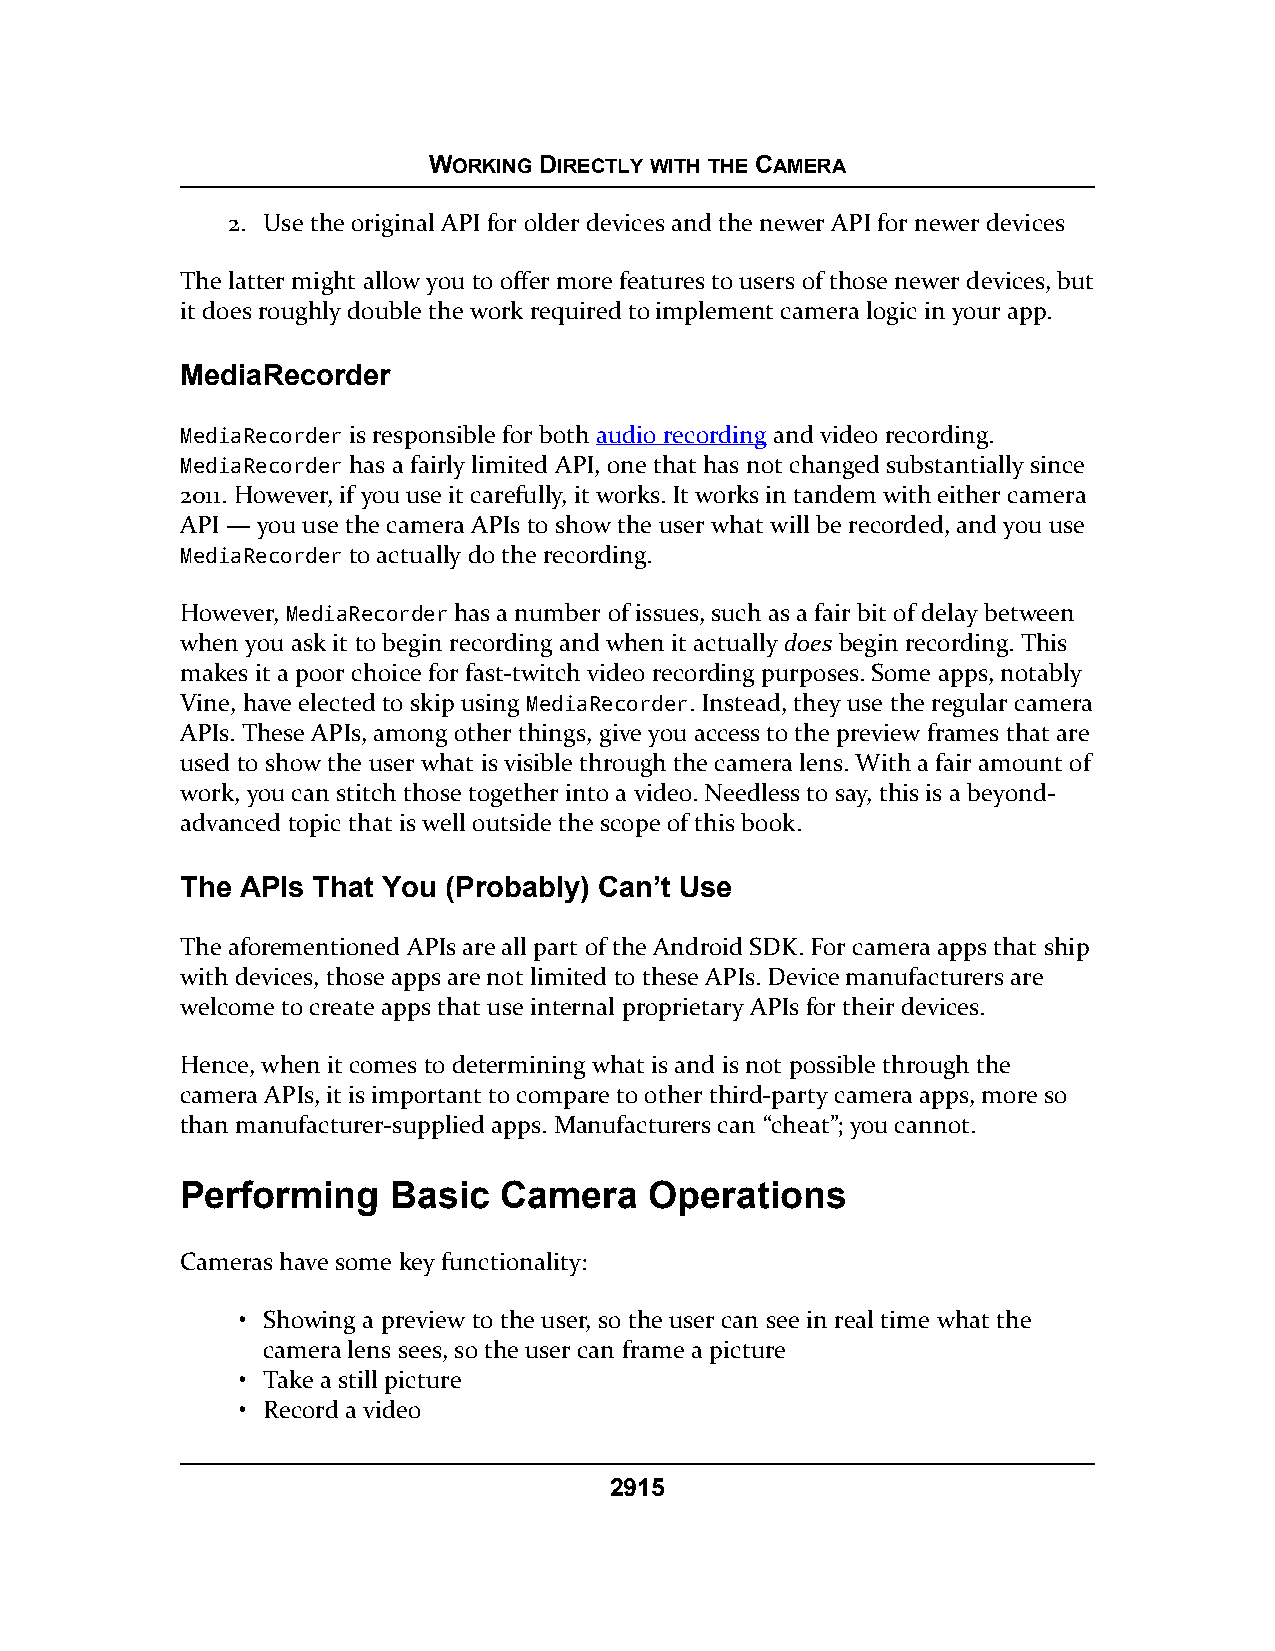
WORKING DIRECTLY WITH THE CAMERA
 2. Use the original API for older devices and the newer API for newer devices
 The latter might allow you to offer more features to users of those newer devices, but
 it does roughly double the work required to implement camera logic in your app.
 MediaRecorder
 MediaRecorder is responsible for both audio recording and video recording.
 MediaRecorder has a fairly limited API, one that has not changed substantially since
 2011. However, if you use it carefully, it works. It works in tandem with either camera
 API — you use the camera APIs to show the user what will be recorded, and you use
 MediaRecorder to actually do the recording.
 However, MediaRecorder has a number of issues, such as a fair bit of delay between
 when you ask it to begin recording and when it actually does begin recording. This
 makes it a poor choice for fast-twitch video recording purposes. Some apps, notably
 Vine, have elected to skip using MediaRecorder. Instead, they use the regular camera
 APIs. These APIs, among other things, give you access to the preview frames that are
 used to show the user what is visible through the camera lens. With a fair amount of
 work, you can stitch those together into a video. Needless to say, this is a beyond-
 advanced topic that is well outside the scope of this book.
 The APIs That You (Probably) Can’t Use
 The aforementioned APIs are all part of the Android SDK. For camera apps that ship
 with devices, those apps are not limited to these APIs. Device manufacturers are
 welcome to create apps that use internal proprietary APIs for their devices.
 Hence, when it comes to determining what is and is not possible through the
 camera APIs, it is important to compare to other third-party camera apps, more so
 than manufacturer-supplied apps. Manufacturers can “cheat”; you cannot.
 Performing    Basic  Camera    Operations
 Cameras have some key functionality:
 • Showing a preview to the user, so the user can see in real time what the
 camera lens sees, so the user can frame a picture
 • Take a still picture
 • Record a video
 2915